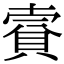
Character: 𧶌